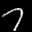
Label: 7